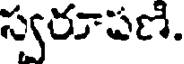
స్వరూపణి.